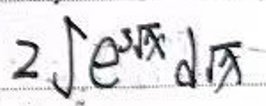
$2 \int e ^ { \pi } d \pi$